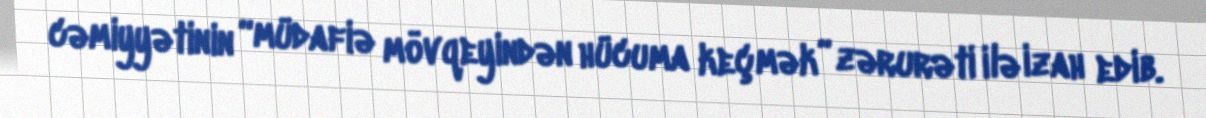
cəmiyyətinin “müdafiə mövqeyindən hücuma keçmək” zərurəti ilə izah edib.